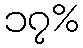
၁၇%